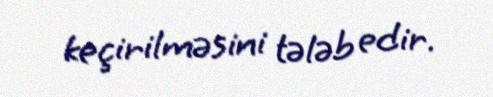
keçirilməsini tələb edir.